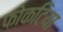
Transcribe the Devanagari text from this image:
फोकटिया